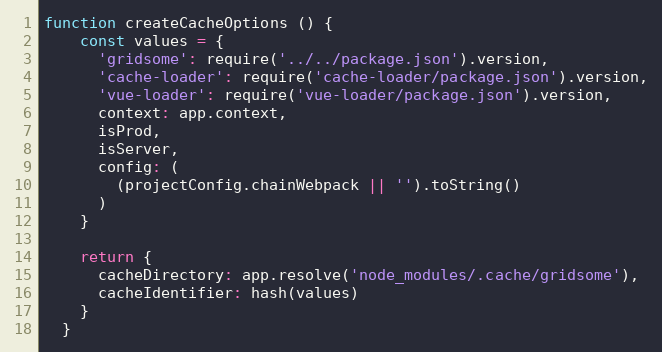
Language: JavaScript
function createCacheOptions () {
    const values = {
      'gridsome': require('../../package.json').version,
      'cache-loader': require('cache-loader/package.json').version,
      'vue-loader': require('vue-loader/package.json').version,
      context: app.context,
      isProd,
      isServer,
      config: (
        (projectConfig.chainWebpack || '').toString()
      )
    }

    return {
      cacheDirectory: app.resolve('node_modules/.cache/gridsome'),
      cacheIdentifier: hash(values)
    }
  }